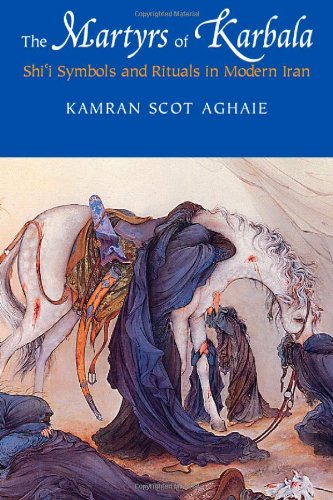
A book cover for The Martyrs of Karbala: Shi'i Symbols and Rituals in Modern Iran; Kamran Aghaie; Religion & Spirituality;